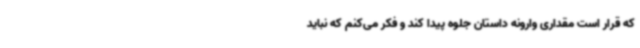
که قرار است مقداری وارونه داستان جلوه پیدا کند و فکر می‌کنم که نباید